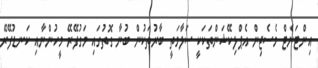
އިންޓަނެޓް މެސެޖިން އެޕްލިކޭޝަންތަކަކީ ސަލާމަތީ ބާރުތަކުން ބުނާ ގޮތުގައި މަގުފޭރޭ މީހުންނާއި ކަނޑުފޭރޭ